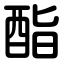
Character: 酯